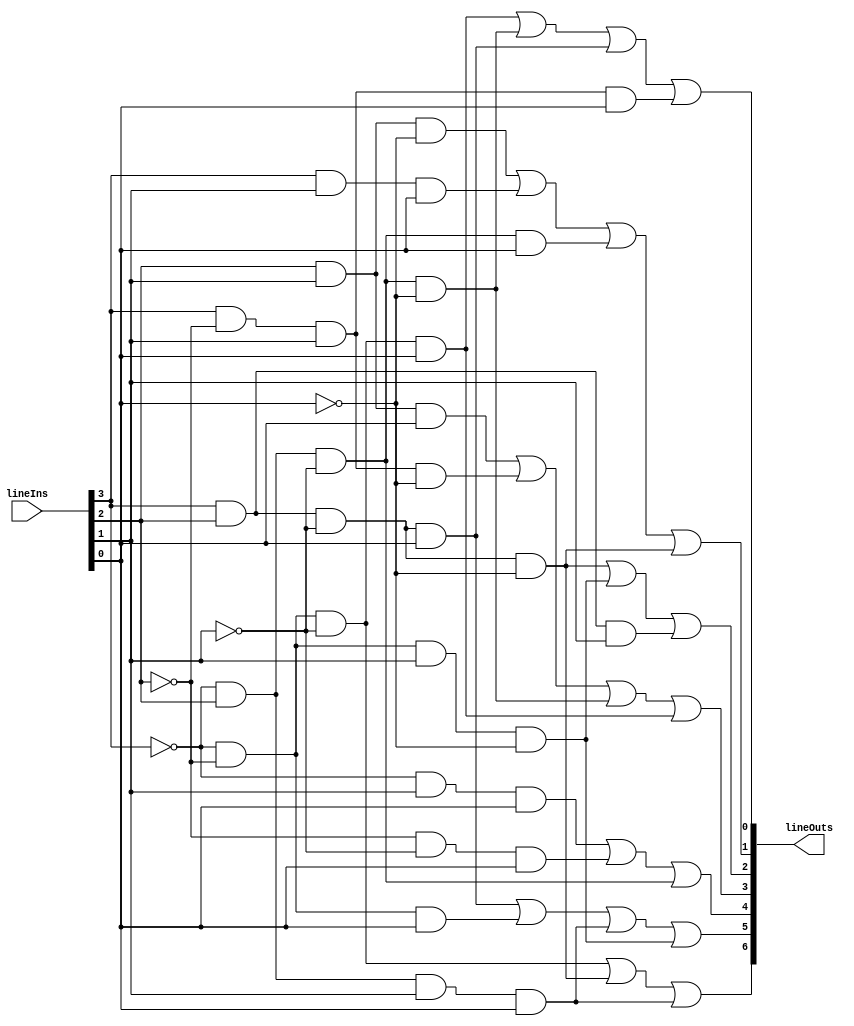
module HexaBCD(lineIns, lineOuts);

	// Define inputs and outputs
	input [3:0] lineIns;
	output [6:0] lineOuts;
	
	wire A = lineIns[3];
	wire B = lineIns[2];
	wire C = lineIns[1];
	wire D = lineIns[0];
		
	assign lineOuts[0] = (~A & ~B & ~C & D) | (~A & B & ~C & ~D) | (A & B & ~C & D) | (A & ~B & C & D);
	assign lineOuts[1] = (B & C & ~D) | (A & C & D) | (~A & B & ~C & D) | (A & B & ~C & ~D);
	assign lineOuts[2] = (A & B & ~C & ~D) | (~A & ~B & C & ~D) | (A & B & C);
	assign lineOuts[3] = (B & C & D) | (A & ~B & C & ~D) | (~A & B & ~C & ~D) | (~A & ~B & ~C & D);
	assign lineOuts[4] = (~A & C & D) | (~B & ~C & D) | (~A & B & ~C);
	assign lineOuts[5] = (A & B & ~C & D) | (~A & ~B & D) | (~A & B & C & D) | (~A & ~B & C & ~D);
	assign lineOuts[6] = (~A & ~B & ~C) | (A & B & ~C & ~D) | (~A & B & C & D);
	
endmodule